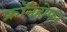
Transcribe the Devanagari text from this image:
फ्रॉनहोफर